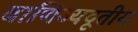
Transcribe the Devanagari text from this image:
वाणिज्यदूतीय